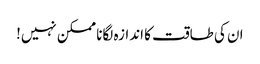
ان کی طاقت کا اندازہ لگانا ممکن نہیں!